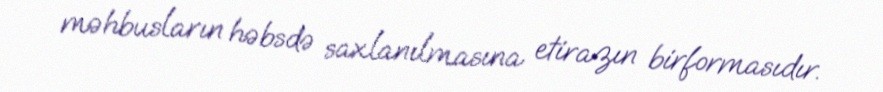
məhbusların həbsdə saxlanılmasına etirazın birformasıdır.